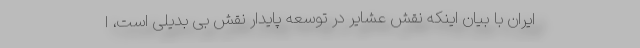
ایران با بیان اینکه نقش عشایر در توسعه پایدار نقش بی بدیلی است، ا